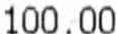
100.00